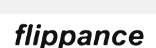
flippance